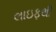
લાઇફથી